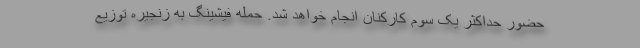
حضور حداکثر یک سوم کارکنان انجام خواهد شد. حمله فیشینگ به زنجیره توزیع